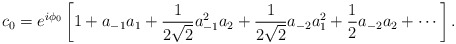
\begin{align*}c_0 = e^{i \phi_0} \left[ 1 + a_{-1} a_1 +\frac{1}{2\sqrt{2}} a_{-1}^2a_{2} +\frac{1}{2\sqrt{2}} a_{-2} a_{1}^2 +\frac{1}{2} a_{-2} a_{2} +\cdots \right].\end{align*}